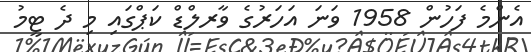
އެންމެ ފަހުން 1958 ވަނަ އަހަރުގެ ވާރލްޑް ކަޕްގައި މި ދެ ޓީމު